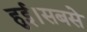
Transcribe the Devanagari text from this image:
हुई।सबसे